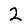
Digit: 2